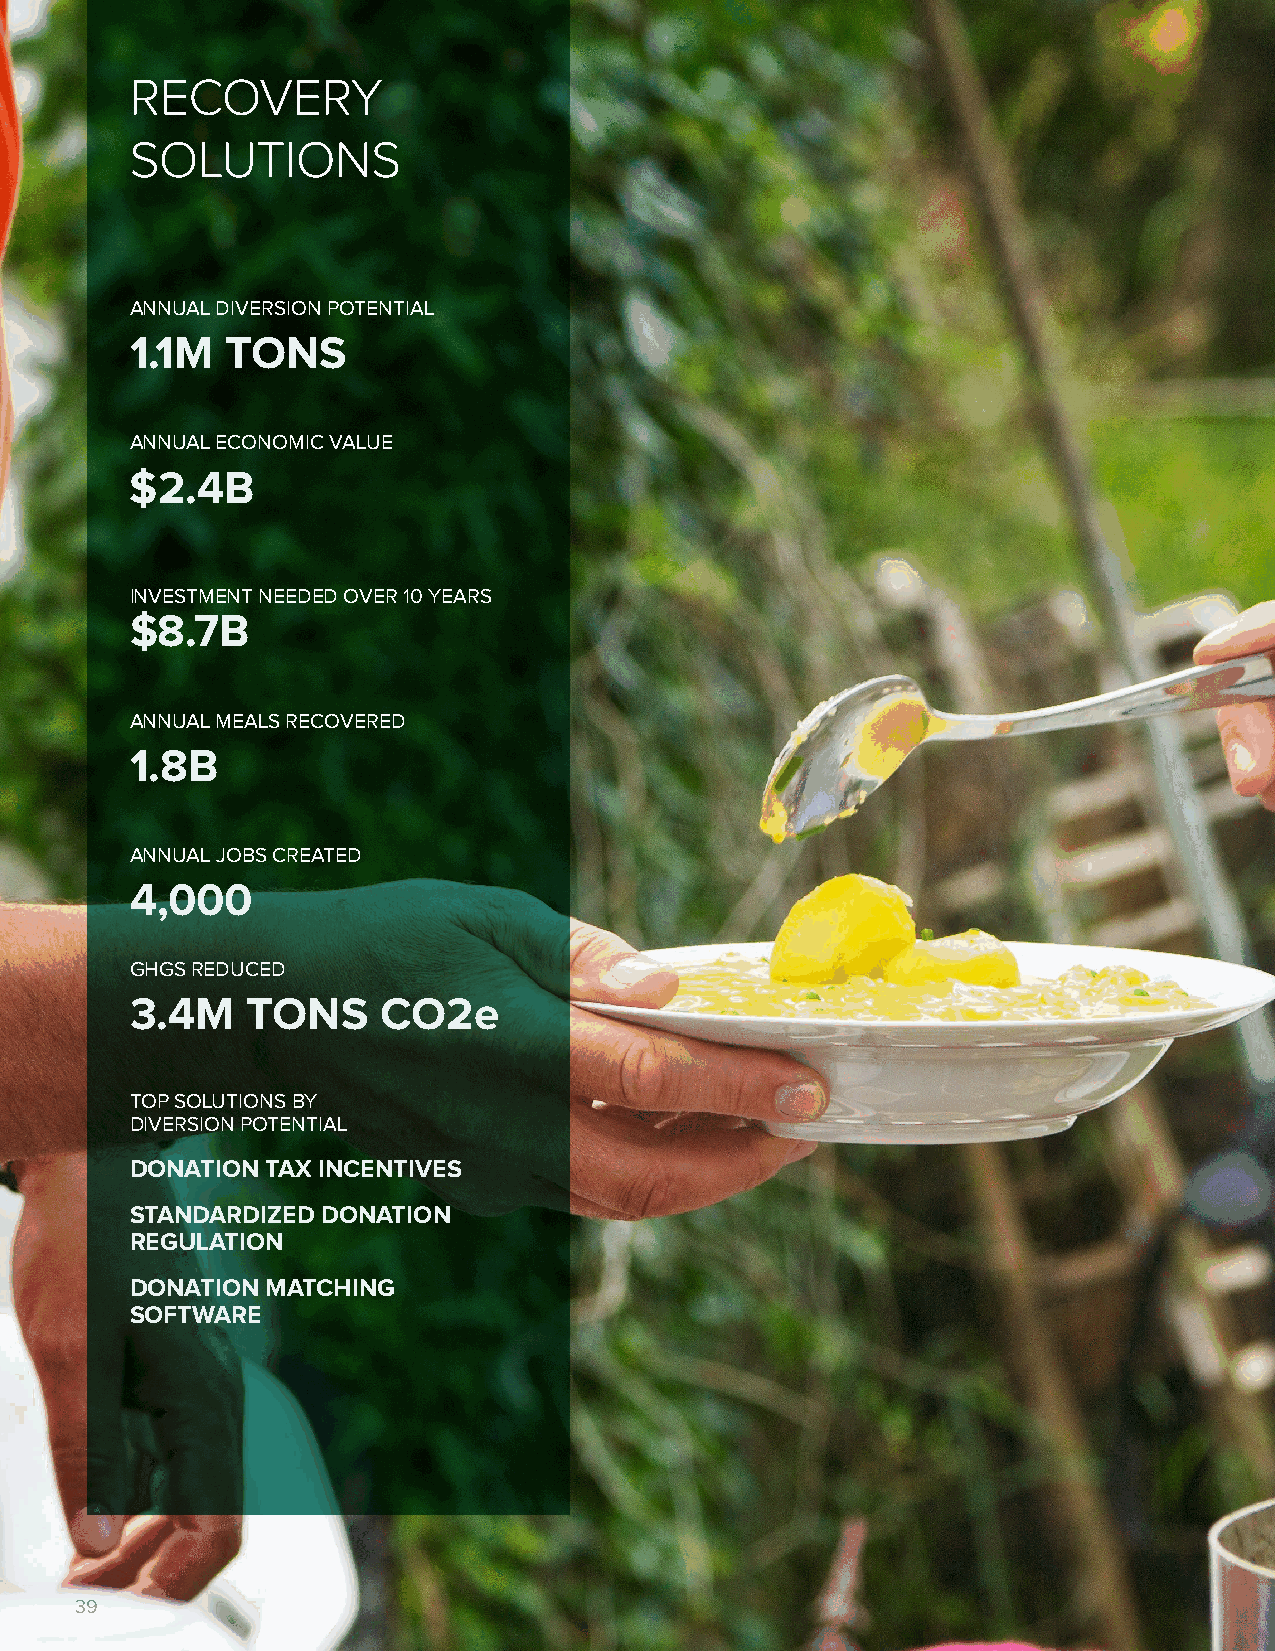
RECOVERY
 SOLUTIONS
 ANNUAL DIVERSION POTENTIAL
 1.1M  TONS
 ANNUAL ECONOMIC VALUE
 $2.4B
 INVESTMENT NEEDED OVER 10 YEARS
 $8.7B
 ANNUAL MEALS RECOVERED
 1.8B
 ANNUAL JOBS CREATED
 4,000
 GHGS REDUCED
 3.4M   TONS     CO2e
 TOP SOLUTIONS BY
 DIVERSION POTENTIAL
 DONATION TAX INCENTIVES
 STANDARDIZED DONATION
 REGULATION
 DONATION MATCHING
 SOFTWARE
 39